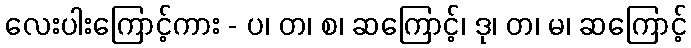
လေးပါးကြောင့်ကား - ပ၊ တ၊ စ၊ ဆကြောင့်၊ ဒု၊ တ၊ မ၊ ဆကြောင့်